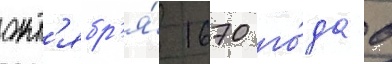
окт'ябр'я́ 1670 го́да в